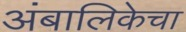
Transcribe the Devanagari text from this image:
अंबालिकेचा